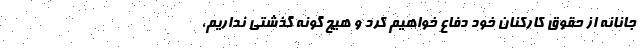
جانانه از حقوق کارکنان خود دفاع خواهیم کرد و هیچ گونه گذشتی نداریم،